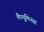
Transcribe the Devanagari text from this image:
लैग्यूमिनस